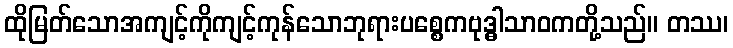
ထိုမြတ်သောအကျင့်ကိုကျင့်ကုန်သောဘုရားပစ္စေကဗုဒ္ဓါသာဝကတို့သည်။ တဿ၊